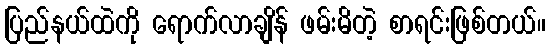
ပြည်နယ်ထဲကို ရောက်လာချိန် ဖမ်းမိတဲ့ စာရင်းဖြစ်တယ်။